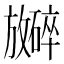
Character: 𪯞